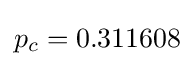
p_{c}=0.311608